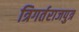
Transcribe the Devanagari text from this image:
त्रिगर्तराजपुत्र